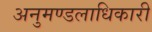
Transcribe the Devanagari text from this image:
अनुमण्डलाधिकारी